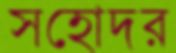
সহোদর